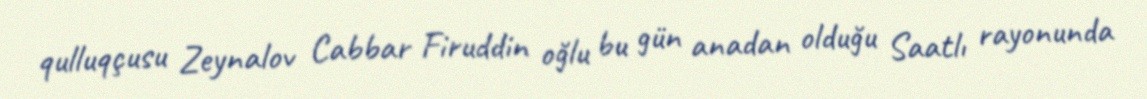
qulluqçusu Zeynalov Cabbar Firuddin oğlu bu gün anadan olduğu Saatlı rayonunda